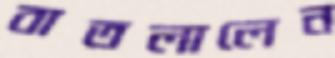
বাতলালেন